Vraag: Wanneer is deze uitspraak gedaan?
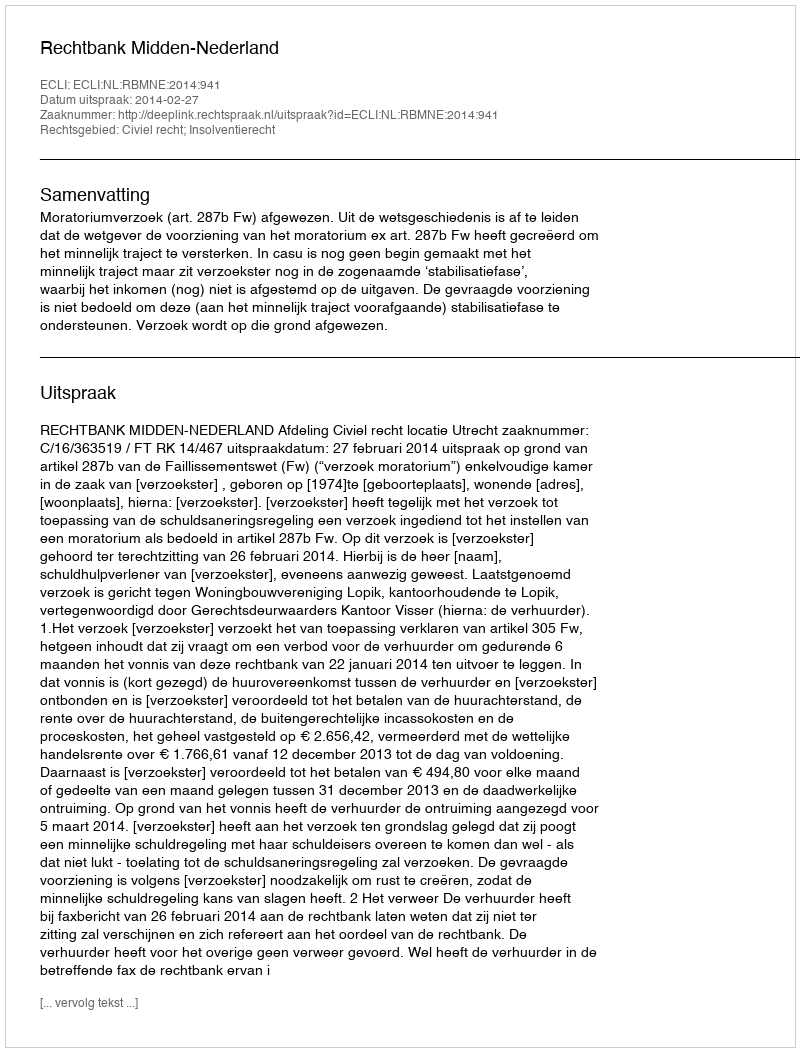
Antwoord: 2014-02-27